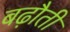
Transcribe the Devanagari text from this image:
बढ़ौती